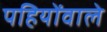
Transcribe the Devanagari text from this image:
पहियोंवाले